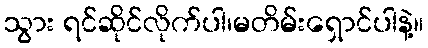
သွား ရင်ဆိုင်လိုက်ပါ၊မတိမ်းရှောင်ပါနဲ့။